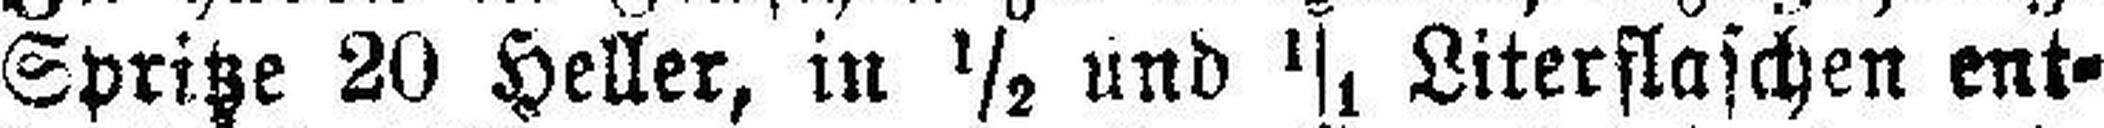
Spritze 20 Heller, in ½ und 1/1, Literflaschen ent¬